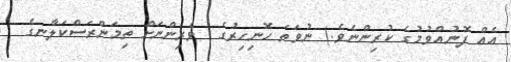
އެއް ފޮނުއްވުމުގެ ކުރިންނެވެ.) ނުވަތަ ހޮނިހިރުގެ  ވެރިންނަށް ތިމަންރަސްކަލާނގެ